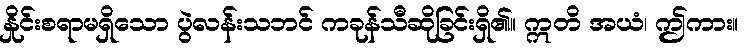
နှိုင်းစရာမရှိသော ပွဲလန်းသဘင် ကခုန်သီဆိုခြင်းရှိ၏။ ဣတိ အယံ၊ ဤကား။